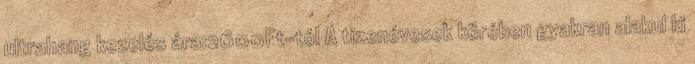
ultrahang kezelés ára:2600Ft-tól A tizenévesek körében gyakran alakul ki